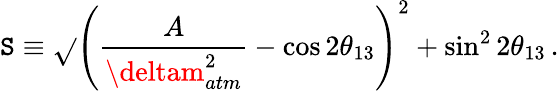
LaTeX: \mathtt{S}\equiv\sqrt{}{{\left({\frac{{A}}{{\deltam_{atm}^{2}}}}-\cos2\theta_{13}\right)^{2}+\sin^{2}2\theta_{13}}}\, .